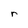
Character: r